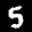
Label: 5